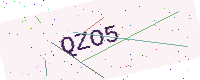
Text: QZO5